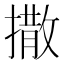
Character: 撒